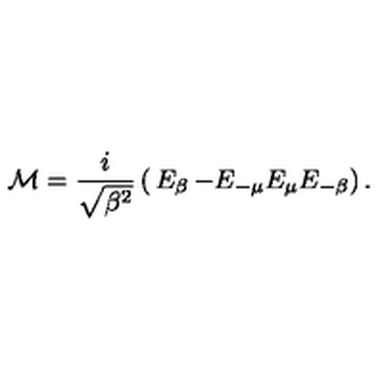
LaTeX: { \cal M } = \frac { i } { \sqrt { { \mathrm { \boldmath \beta } } ^ { 2 } } } \left( \begin{matrix} { E _ { \mathrm { \boldmath \beta } } } & { - E _ { - { \mathrm { \boldmath \mu } } } } \\ { E _ { \mathrm { \boldmath \mu } } } & { E _ { - { \mathrm { \boldmath \beta } } } } \\ \end{matrix} \right) .